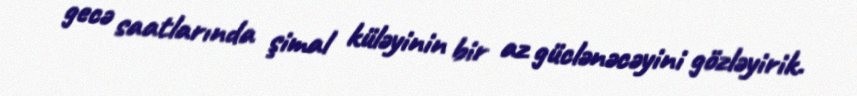
gecə saatlarında şimal küləyinin bir az güclənəcəyini gözləyirik.